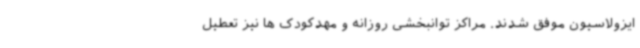
ایزولاسیون موفق شدند. مراکز توانبخشی روزانه و مهدکودک ها نیز تعطیل